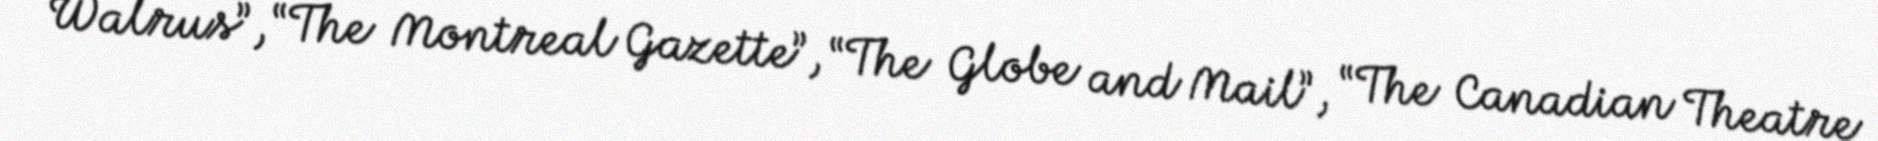
Walrus”, “The Montreal Gazette”, “The Globe and Mail”, “The Canadian Theatre